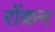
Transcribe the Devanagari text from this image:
रोंकन